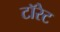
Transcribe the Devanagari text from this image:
टॉरेट